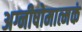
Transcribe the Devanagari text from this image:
अग्नीषोमात्मकं